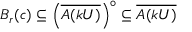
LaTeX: B _ { r } ( c ) \subseteq \left( { \overline { { A ( k U ) } } } \right) ^ { \circ } \subseteq { \overline { { A ( k U ) } } }